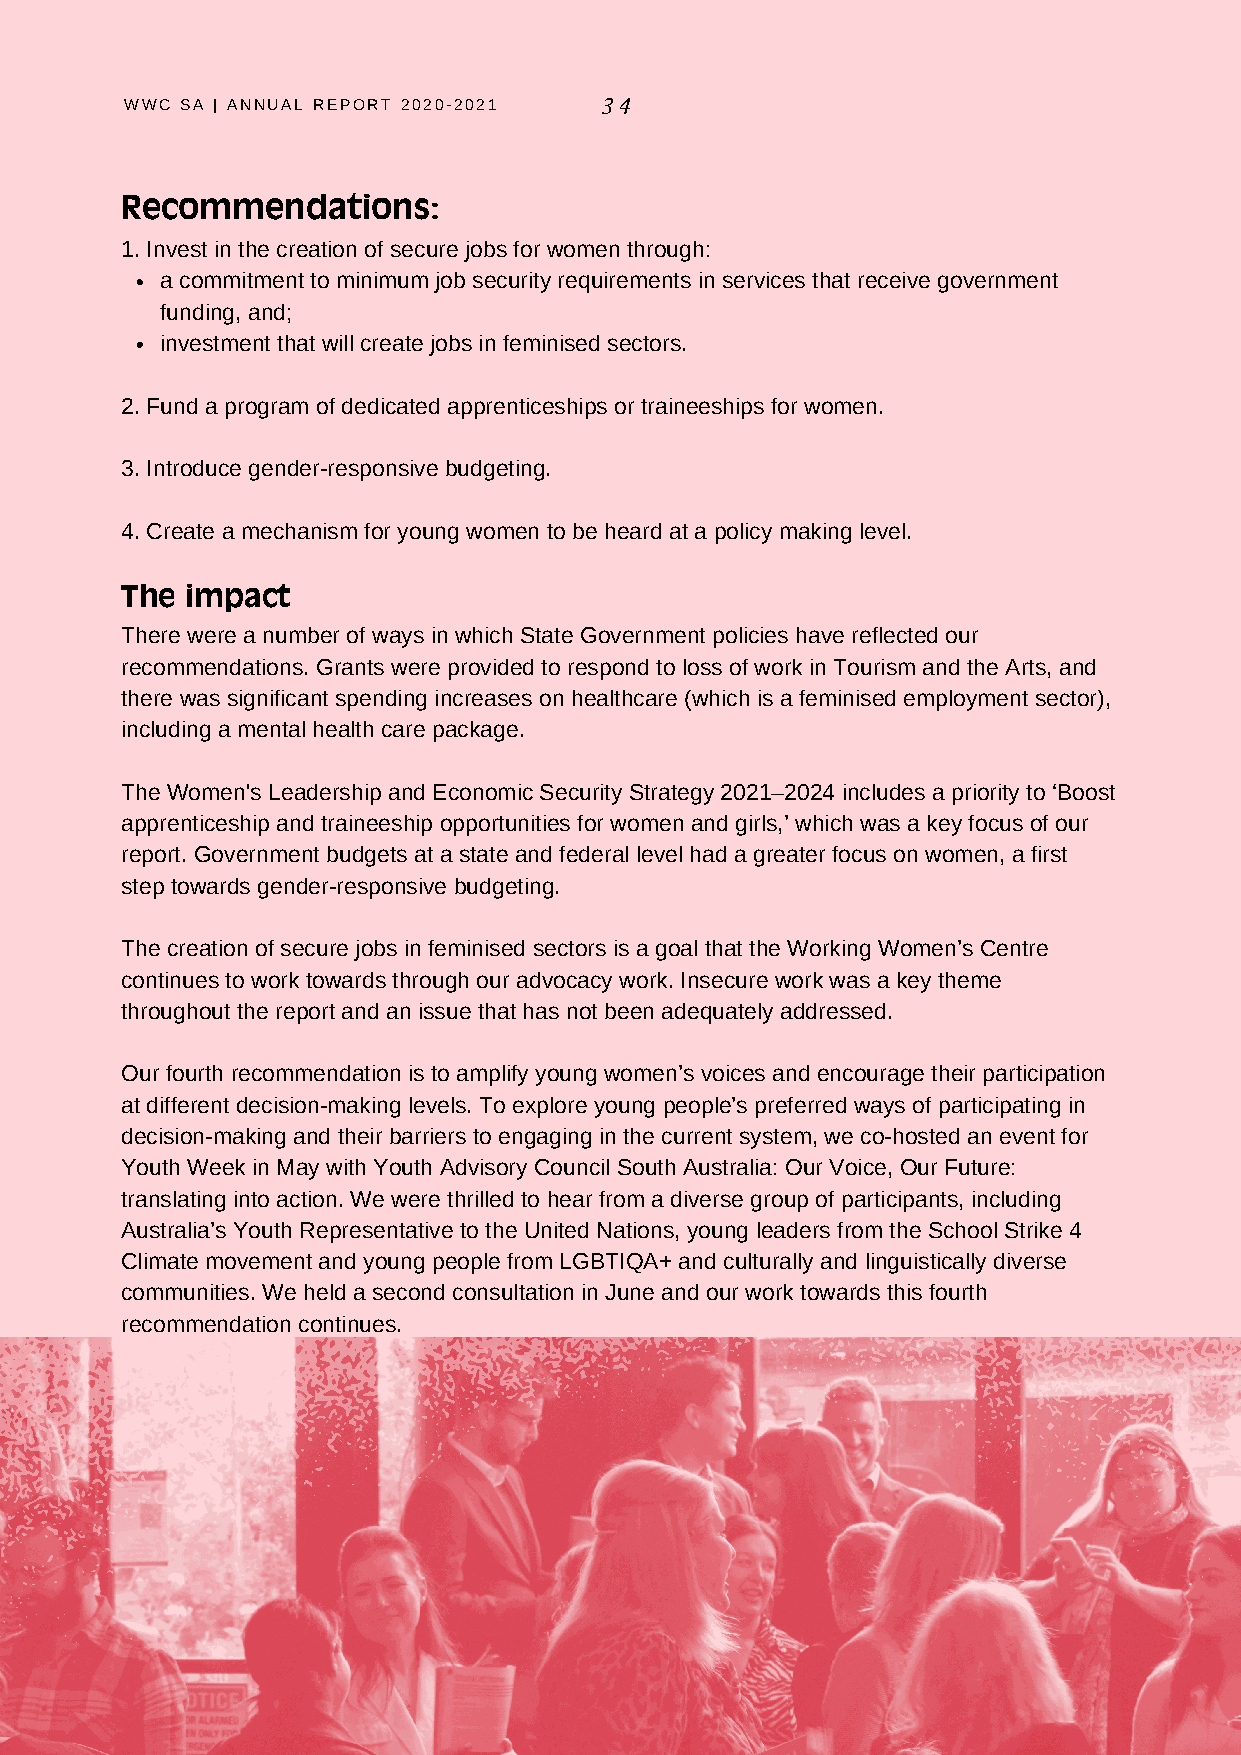
WWC SA | ANNUAL REPORT 2020-2021 34
 Recommendations:
 1. Invest in the creation of secure jobs for women through:
 a commitment to minimum job security requirements in services that receive government
 funding, and;
 investment that will create jobs in feminised sectors.
 2. Fund a program of dedicated apprenticeships or traineeships for women.
 3. Introduce gender-responsive budgeting.
 4. Create a mechanism for young women to be heard at a policy making level.
 The impact
 There were a number of ways in which State Government policies have reflected our
 recommendations. Grants were provided to respond to loss of work in Tourism and the Arts, and
 there was significant spending increases on healthcare (which is a feminised employment sector),
 including a mental health care package.
 The Women's Leadership and Economic Security Strategy 2021–2024 includes a priority to ‘Boost
 apprenticeship and traineeship opportunities for women and girls,’ which was a key focus of our
 report. Government budgets at a state and federal level had a greater focus on women, a first
 step towards gender-responsive budgeting.
 The creation of secure jobs in feminised sectors is a goal that the Working Women’s Centre
 continues to work towards through our advocacy work. Insecure work was a key theme
 throughout the report and an issue that has not been adequately addressed.
 Our fourth recommendation is to amplify young women’s voices and encourage their participation
 at different decision-making levels. To explore young people’s preferred ways of participating in
 decision-making and their barriers to engaging in the current system, we co-hosted an event for
 Youth Week in May with Youth Advisory Council South Australia: Our Voice, Our Future:
 translating into action. We were thrilled to hear from a diverse group of participants, including
 Australia’s Youth Representative to the United Nations, young leaders from the School Strike 4
 Climate movement and young people from LGBTIQA+ and culturally and linguistically diverse
 communities. We held a second consultation in June and our work towards this fourth
 recommendation continues.